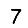
Digit: 7